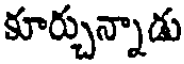
కూర్చున్నాడు